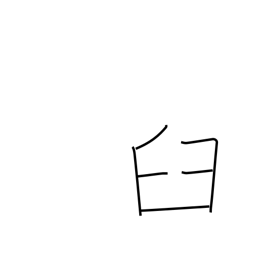
Meaning: mortar